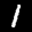
Label: 1